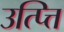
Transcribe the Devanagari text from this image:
उत्प्त्ति